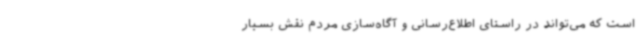
است که می‌تواند در راستای اطلاع‌رسانی و آگاه‌سازی مردم نقش بسیار